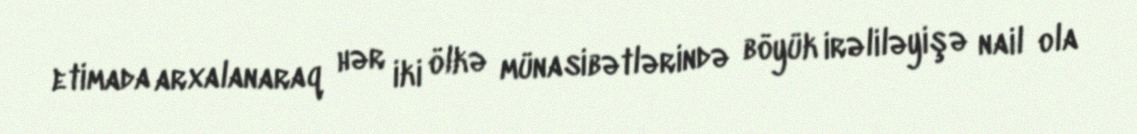
etimada arxalanaraq hər iki ölkə münasibətlərində böyük irəliləyişə nail ola